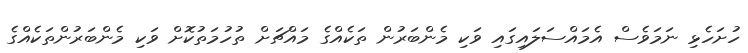
ހުށަހެޅި ނަމަވެސް އެމައްސަލައިގައި ވަކި މެންބަރުން ތަކެއްގެ މައްޗަށް ތުހުމަތުކޮށް ވަކި މެންބަރުންތަކެއްގެ